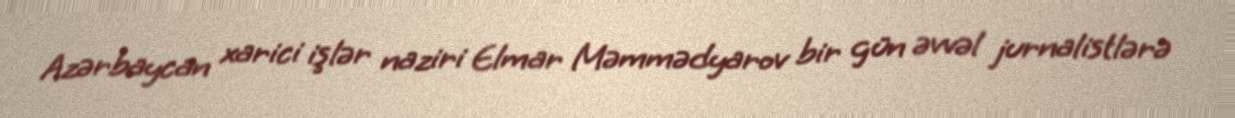
Azərbaycan xarici işlər naziri Elmar Məmmədyarov bir gün əvvəl jurnalistlərə